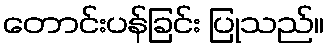
တောင်းပန်ခြင်း ပြုသည်။